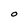
Character: O